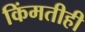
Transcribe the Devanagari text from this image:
किंमतीही